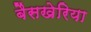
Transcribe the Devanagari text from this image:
बैसखेरिया